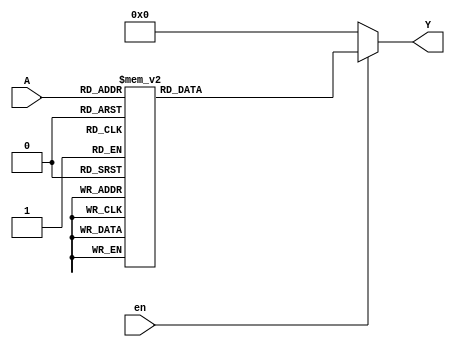
module DEC3to8(A,en,Y);
input [2:0] A;
input en;
output [7:0] Y;
reg [7:0] _Y;

always @(A)
  case(A)
  3'd0: _Y <= 8'b00000001;
  3'd1: _Y <= 8'b00000010;
  3'd2: _Y <= 8'b00000100;
  3'd3: _Y <= 8'b00001000;
  3'd4: _Y <= 8'b00010000;
  3'd5: _Y <= 8'b00100000;
  3'd6: _Y <= 8'b01000000;
  3'd7: _Y <= 8'b10000000;
  endcase
  
assign Y=(en)?_Y:8'd0;

endmodule